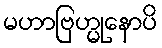
မဟာဗြဟ္မုနောပိ